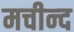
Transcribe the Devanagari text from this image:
मचीन्‍द